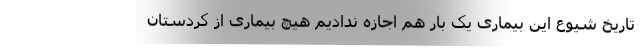
تاریخ شیوع این بیماری یک بار هم اجازه ندادیم هیچ بیماری از کردستان